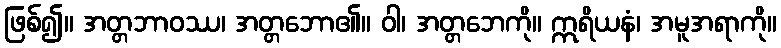
ဖြစ်၍။ အတ္တဘာဝဿ၊ အတ္တဘော၏။ ဝါ၊ အတ္တဘေကို။ ဣရိယနံ၊ အမူအရာကို။